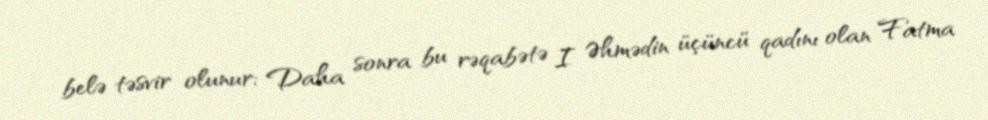
belə təsvir olunur; Daha sonra bu rəqabətə I Əhmədin üçüncü qadını olan Fatma